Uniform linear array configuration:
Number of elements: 12
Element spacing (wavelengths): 0.5
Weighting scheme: kaiser
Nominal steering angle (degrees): -30
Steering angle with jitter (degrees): -29.036
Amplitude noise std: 0.05
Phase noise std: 0.05

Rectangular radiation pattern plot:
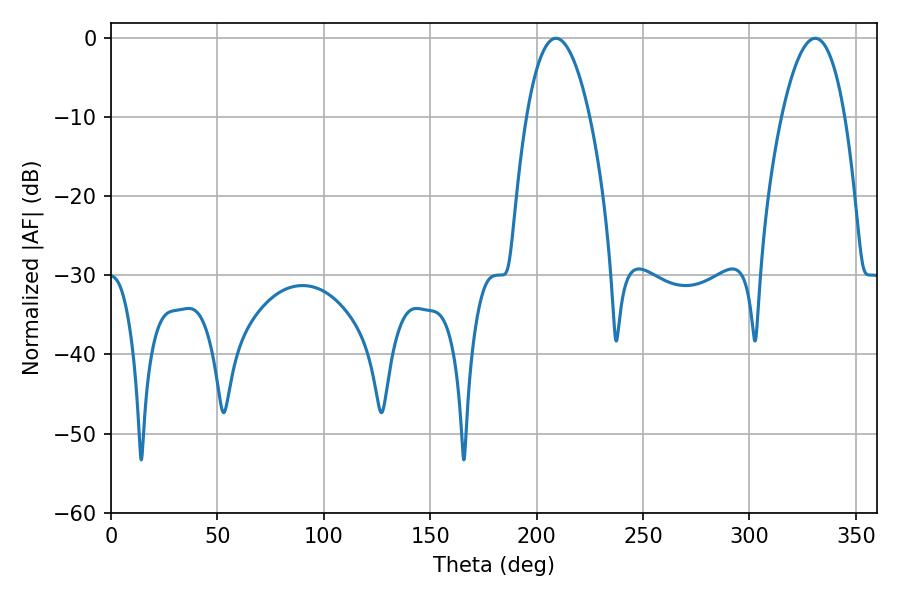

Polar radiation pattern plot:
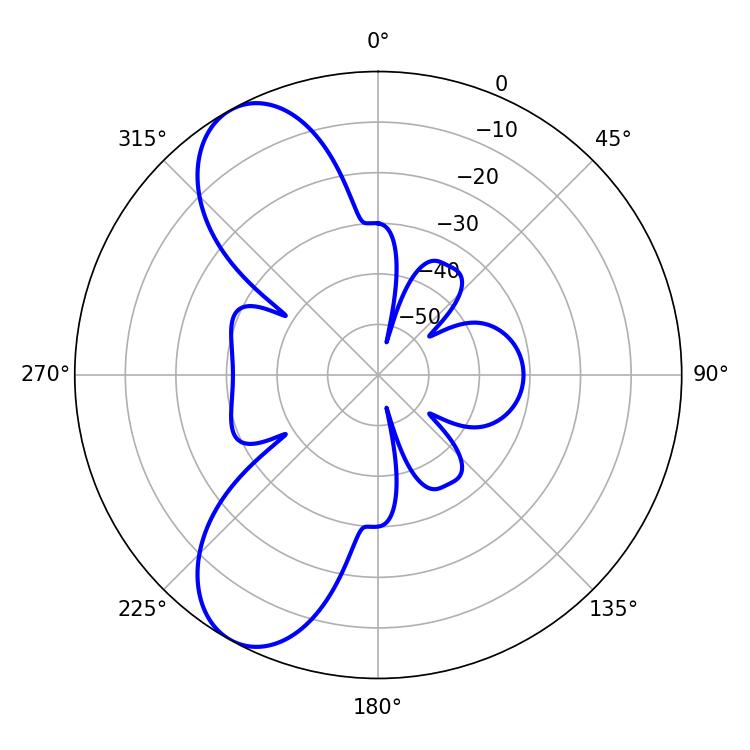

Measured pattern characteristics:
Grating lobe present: FALSE
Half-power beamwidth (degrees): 16.38
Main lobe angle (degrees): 209.16